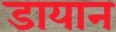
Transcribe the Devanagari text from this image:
डायान